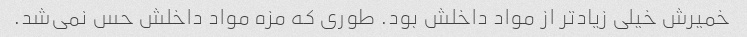
خمیرش خیلی زیادتر از مواد داخلش بود. طوری که مزه‌ مواد داخلش حس نمی‌شد.